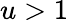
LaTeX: u>1